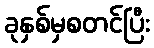
ခုနှစ်မှစတင်ပြီး